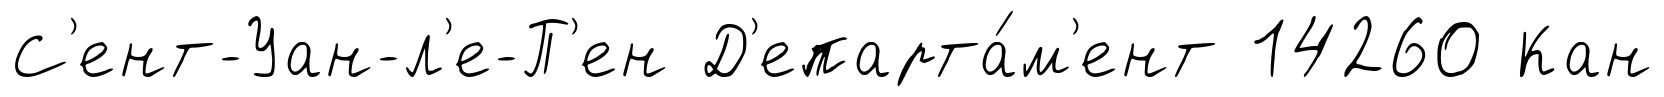
С'ент-Уан-л'е-П'ен Д'епарта́м'ент 14260 Кан